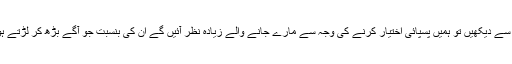
اگر ہم تجربے کی آنکھ سے دیکھیں تو ہمیں پسپائی اختیار کرنے کی وجہ سے مارے جانے والے زیادہ نظر آئیں گے ان کی بنسبت جو آگے بڑھ کر لڑتے ہوئے مارے جاتے ہیں ۔